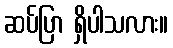
ဆပ်ပြာ ရှိပါသလား။